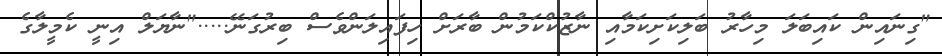
"ގިނައިން ކައިބަލަ މިހާރު ބަލިކަށިކަމާއި ނާޒުކްކަމުން ބާރަށް ހިފައިލަންވެސް ބިރުގަނޭ....."ނާޔަލް އިނީ ކެމީލާގެ